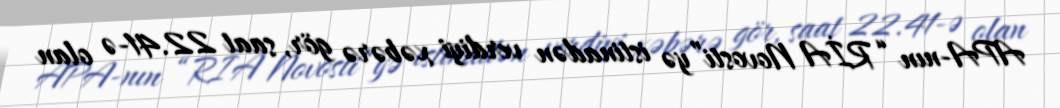
APA-nın “RİA Novosti”yə istinadən verdiyi xəbərə gör, saat 22.41-ə olan